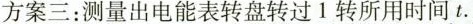
方案三：测量出电能表转盘转过1转所用时间t.